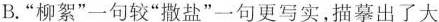
B.”柳絮”一句较”撒盐”一句更写实，描摹出了大